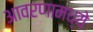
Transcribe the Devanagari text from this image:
आवरणामध्ये